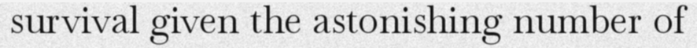
survival given the astonishing number of